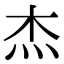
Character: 杰